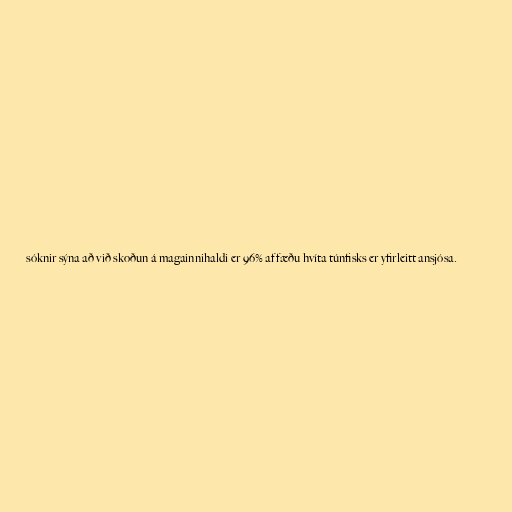
sóknir sýna að við skoðun á magainnihaldi er 96% af fæðu hvíta túnfisks er yfirleitt ansjósa.